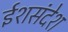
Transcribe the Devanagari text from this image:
ईशसंदेश